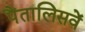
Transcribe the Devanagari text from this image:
पैंतालिसवें